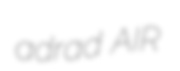
adrad AIR